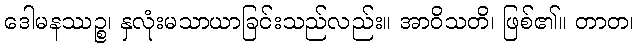
ဒေါမနဿဉ္စ၊ နှလုံးမသာယာခြင်းသည်လည်း။ အာဝိသတိ၊ ဖြစ်၏။ တာတ၊